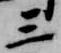
三